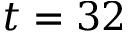
t = 3 2